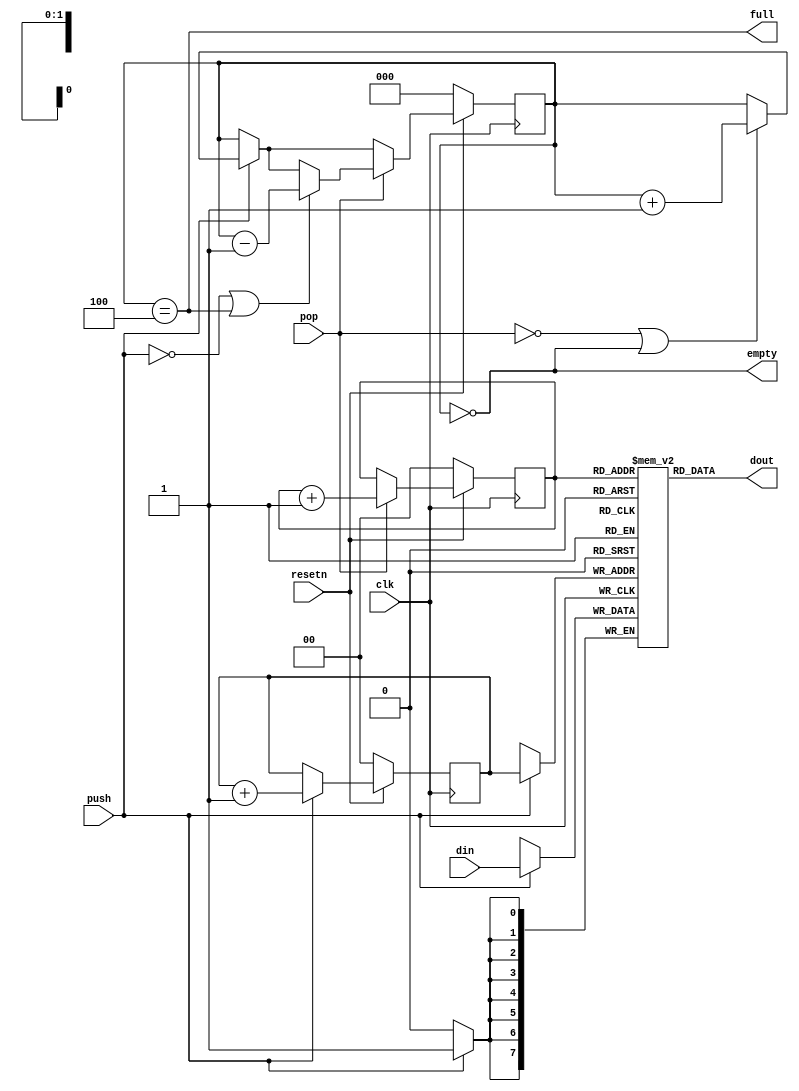
/*
 *  fifo.v
 *
 *  copyright (c) 2021  hirosh dabui <hirosh@dabui.de>
 *
 *  permission to use, copy, modify, and/or distribute this software for any
 *  purpose with or without fee is hereby granted, provided that the above
 *  copyright notice and this permission notice appear in all copies.
 *
 *  the software is provided "as is" and the author disclaims all warranties
 *  with regard to this software including all implied warranties of
 *  merchantability and fitness. in no event shall the author be liable for
 *  any special, direct, indirect, or consequential damages or any damages
 *  whatsoever resulting from loss of use, data or profits, whether in an
 *  action of contract, negligence or other tortious action, arising out of
 *  or in connection with the use or performance of this software.
 *
 */

`default_nettype none
module p23_fifo #(
    parameter DATA_WIDTH = 8,
    parameter DEPTH = 4
) (
    input wire clk,
    input wire resetn,
    input wire [DATA_WIDTH-1:0] din,
    output wire [DATA_WIDTH-1:0] dout,
    input wire push,
    input wire pop,
    output wire full,
    output wire empty
);

  reg [DATA_WIDTH-1:0] ram[0:DEPTH-1];

  reg [$clog2(DEPTH):0] cnt;
  reg [$clog2(DEPTH)-1:0] rd_ptr;
  reg [$clog2(DEPTH)-1:0] wr_ptr;

  reg [$clog2(DEPTH):0] cnt_next;
  reg [$clog2(DEPTH)-1:0] rd_ptr_next;
  reg [$clog2(DEPTH)-1:0] wr_ptr_next;

  assign empty = cnt == 0;
  assign full  = cnt == DEPTH;

  always @(posedge clk) begin
    if (~resetn) begin
      rd_ptr <= 0;
      wr_ptr <= 0;
      cnt <= 0;
    end else begin
      rd_ptr <= rd_ptr_next;
      wr_ptr <= wr_ptr_next;
      cnt <= cnt_next;
    end
  end

  always @(*) begin
    rd_ptr_next = rd_ptr;
    wr_ptr_next = wr_ptr;
    cnt_next = cnt;

    if (push) begin
      wr_ptr_next = wr_ptr + 1;
      cnt_next = (!pop || empty) ? cnt + 1 : cnt_next;
    end

    if (pop) begin
      rd_ptr_next = rd_ptr + 1;
      cnt_next = (!push || full) ? cnt - 1 : cnt_next;
    end

  end

  always @(posedge clk) begin
    if (push) ram[wr_ptr] <= din;
  end

  assign dout = ram[rd_ptr];

endmodule